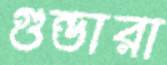
গুন্ডারা